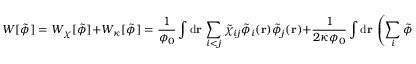
W [ \tilde { \phi } ] = W _ { \chi } [ \tilde { \phi } ] + W _ { \kappa } [ \tilde { \phi } ] = \frac { 1 } { \phi _ { 0 } } \int \mathrm { d } \mathbf { r } \, \sum _ { i < j } \tilde { \chi } _ { i j } \tilde { \phi } _ { i } ( \mathbf { r } ) \tilde { \phi } _ { j } ( \mathbf { r } ) + \frac { 1 } { 2 \kappa \phi _ { 0 } } \int \mathrm { d } \mathbf { r } \, \left( \sum _ { i } \tilde { \phi } _ { i } ( \mathbf { r } ) - \phi _ { 0 } \right) ^ { 2 }